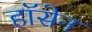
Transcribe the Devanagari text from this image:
हॉसेन